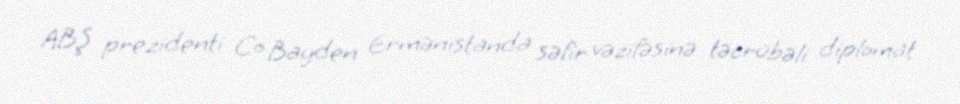
ABŞ prezidenti Co Bayden Ermənistanda səfir vəzifəsinə təcrübəli diplomat